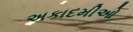
અકાદમીઓ